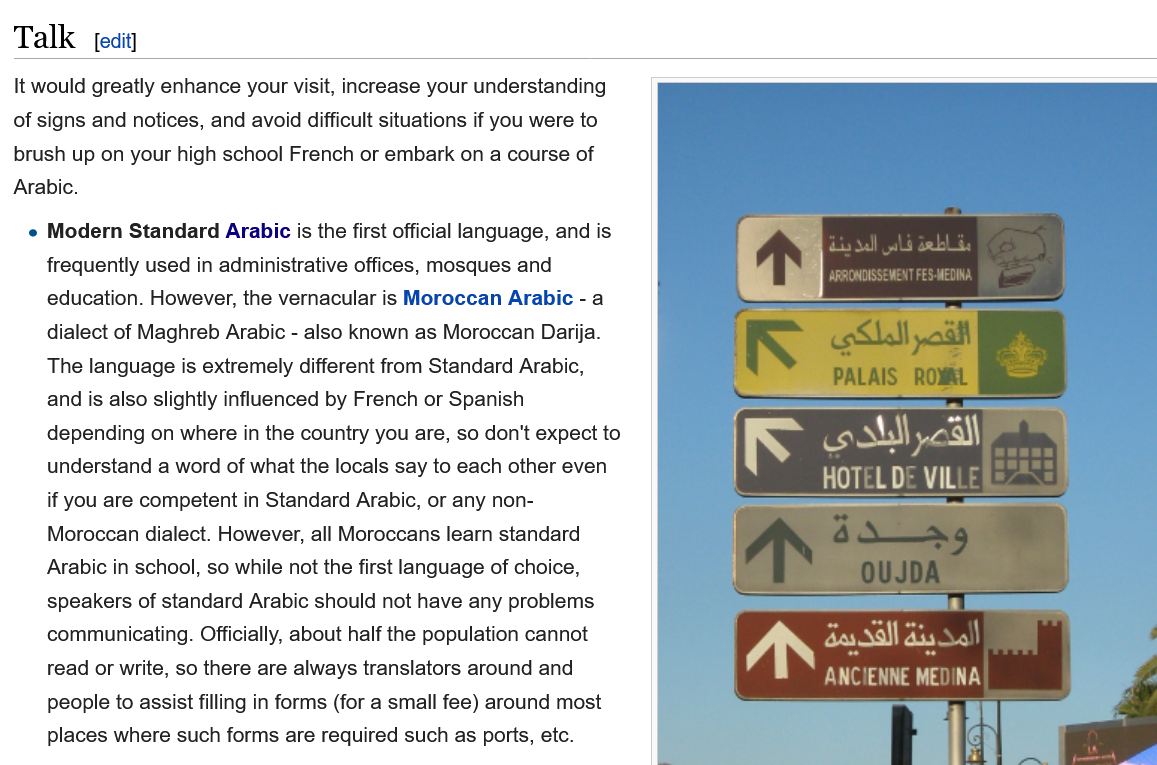
Talk
  It would greatly enhance your visit, increase your understanding
  of signs and notices, and avoid difficult situations if you were to
  brush up on your high school French or embark on a course of
  Arabic.
     Modern Standard Arabic is the first official language, and is
     frequently used in administrative offices, mosques and
     education. However, the vernacular is Moroccan Arabic
     - a
     dialect of Maghreb Arabic
     -
     also known as Moroccan Darija.
     The language is extremely different from Standard Arabic,
     and is also slightly influenced by French or Spanish
     depending on where in the country you are, so don't expect tc
     understand a word of what the locals say to each other even
     if you are competent in Standard Arabic, or any non-
     Moroccan dialect. However, all Moroccans learn standard
     Arabic in school, so while not the first language of choice,
     speakers of standard Arabic should not have any problems
     communicating. Officially, about half the population cannot
     read or write, so there are always translators around and
     people to assist filling in forms (for a small fee) around most
     places where such forms are required such as ports, etc.

     Fee RN ley sa
     Pasay

     eS KR
     PALAIS
     7    &
     parm ye
     a  TS
     na    dd—r9
     OUJDA
     A

     P|    Pe
     Va    ave
     ae.

     [edit]